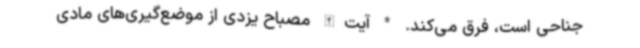
جناحی است، فرق می‌کند. * آیت‌الله مصباح یزدی از موضع‌گیری‌های مادی